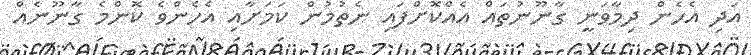
އަދި އެހެން ދިމާވަނީ ގާނޫނުތައް އެއްކޮށްފައި ނެތުމުން ކަމަށާއި އެހެންވެ ކޮންމެ ގާނޫނެއް